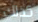
كذلك